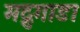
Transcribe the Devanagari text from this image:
मद्रुगाडा